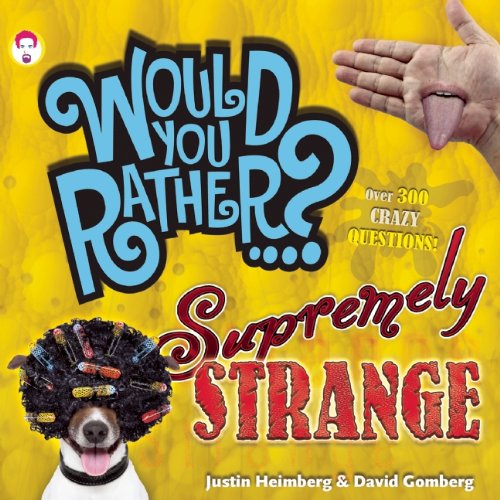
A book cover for Would You Rather...? Supremely Strange: Over 300 Crazy Questions!; Justin Heimberg; Children's Books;